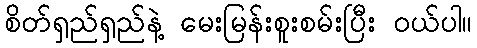
စိတ်ရှည်ရှည်နဲ့ မေးမြန်းစူးစမ်းပြီး ဝယ်ပါ။